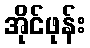
အိုင်ဖုန်း